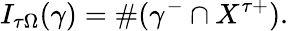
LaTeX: I_{\tau\Omega}(\gamma)=\# (\gamma^{-}\cap X^{\tau+}).